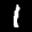
Label: 1